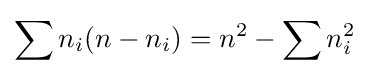
\sum {n_{i}(n-n_{i})}=n^{2}-\sum {n_{i}^{2}}